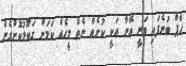
ހެޕް ބުނެފައި ވަނީ އޭނާ އަކީ ކުށެއް ނެތް މީހެއް ކަމަށް ގަބޫލުކޮށްގެން